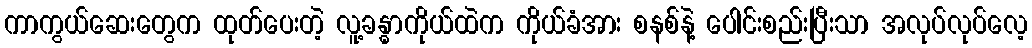
ကာကွယ်ဆေးတွေက ထုတ်ပေးတဲ့ လူ့ခန္ဓာကိုယ်ထဲက ကိုယ်ခံအား စနစ်နဲ့ ပေါင်းစည်းပြီးသာ အလုပ်လုပ်လေ့